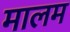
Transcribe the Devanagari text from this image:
मालम